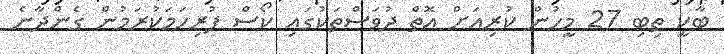
ބާކީ ތިބި 27 މީހުން ކުރިއަށް އޮތް ދުވަސްތަކުގައި ކޯސް ފުރިހަމަކުރަމުން ގެންދާނެ